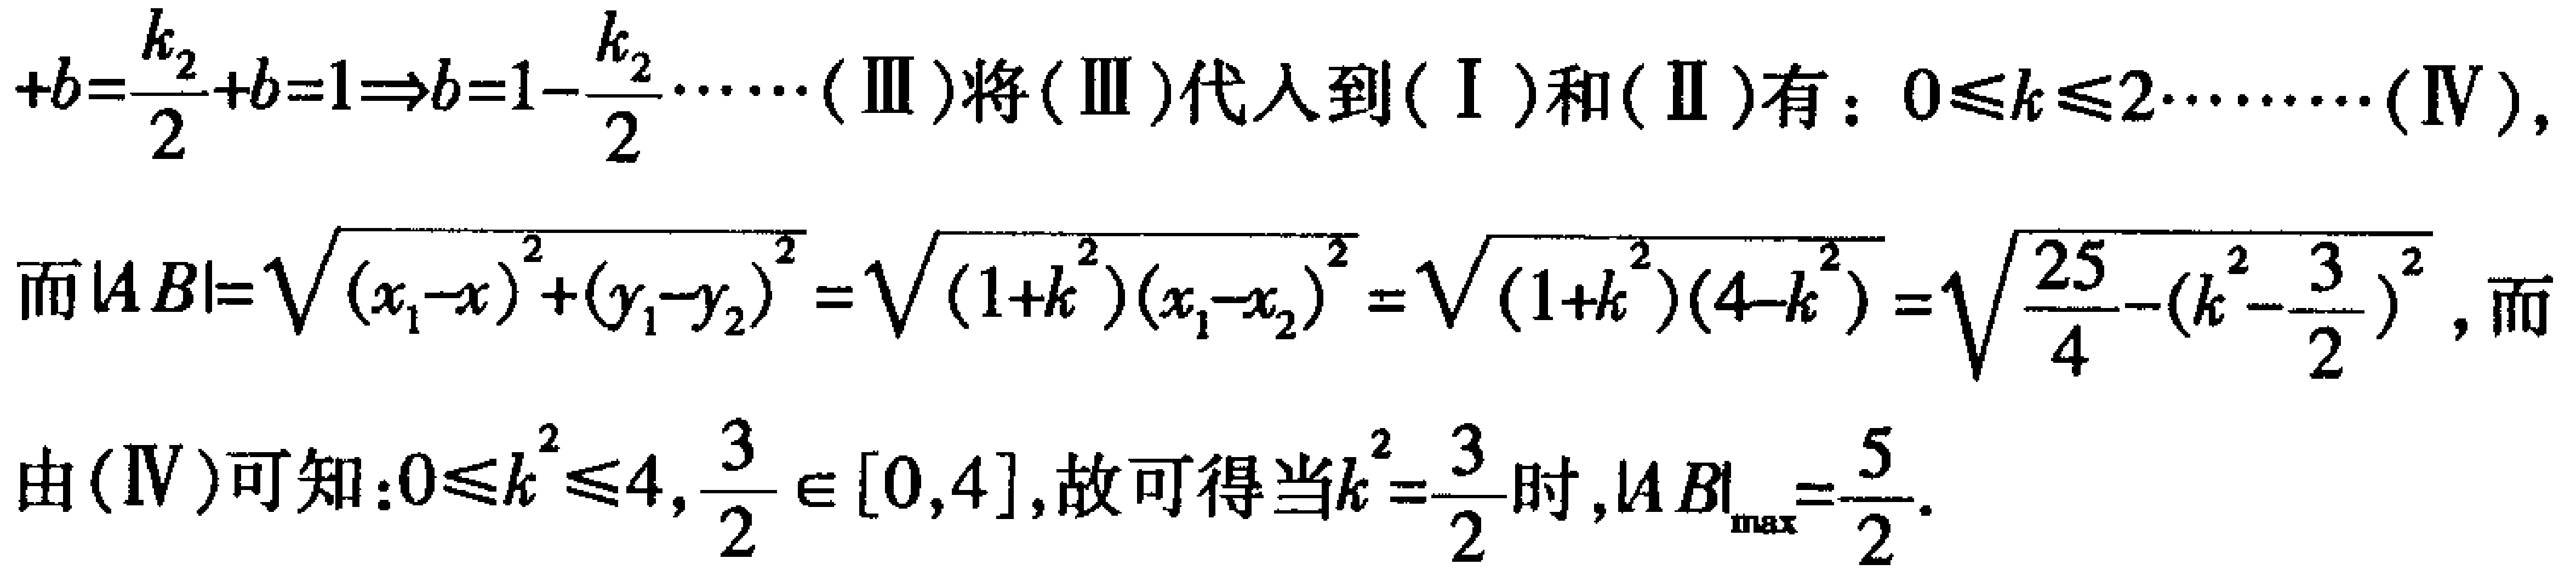
\[
+b=\frac{k_{2}}{2}+b = 1\Rightarrow b = 1-\frac{k_{2}}{2}\cdots\cdots(\text{III})\text{将}(\text{III})\text{代入到}(\text{I})\text{和}(\text{II})\text{有：}0\leq k\leq2\cdots\cdots\cdots(\text{IV}),
\]
\[
\text{而}|AB|=\sqrt{(x_{1} - x)^{2}+(y_{1}-y_{2})^{2}}=\sqrt{(1 + k^{2})(x_{1}-x_{2})^{2}}=\sqrt{(1 + k^{2})(4 - k^{2})}=\sqrt{\frac{25}{4}-(k^{2}-\frac{3}{2})^{2}},\text{而}
\]
\[
\text{由}(\text{IV})\text{可知：}0\leq k^{2}\leq4,\frac{3}{2}\in[0,4],\text{故可得当}k^{2}=\frac{3}{2}\text{时},|AB|_{\max}=\frac{5}{2}.
\]